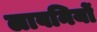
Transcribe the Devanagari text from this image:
लावनियों